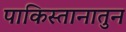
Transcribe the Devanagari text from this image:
पाकिस्तानातुन